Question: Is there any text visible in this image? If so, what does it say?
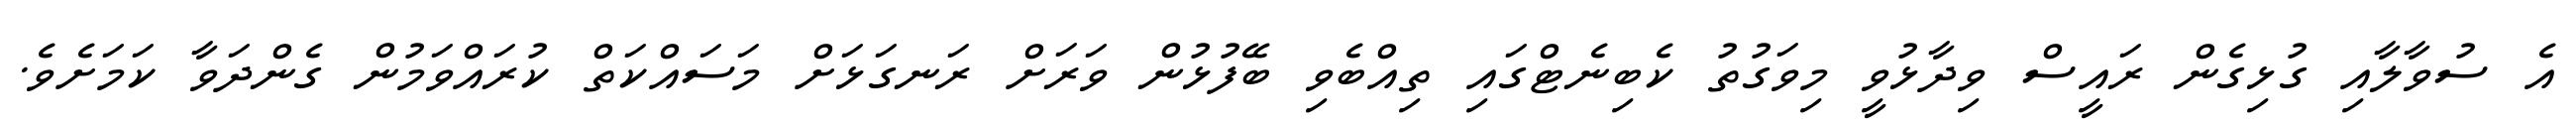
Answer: އެ ސުވާލާއި ގުޅިގެން ރައީސް ވިދާޅުވީ މިވަގުތު ކެބިނެޓްގައި ތިއްބެވި ބޭފުޅުން ވަރަށް ރަނގަޅަށް މަސައްކަތް ކުރައްވަމުން ގެންދަވާ ކަމަށެވެ.